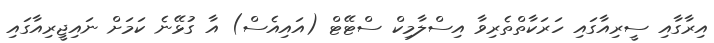
އިރާގާއި ސީރިއާގައި ހަރަކާތްތެރިވާ އިސްލާމިކް ސްޓޭޓް (އައިއެސް) އާ ގުޅޭނެ ކަމަށް ނައިޖީރިއާގައި